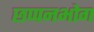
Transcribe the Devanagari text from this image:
छप्पनभोग